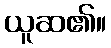
ယူဆ၏။